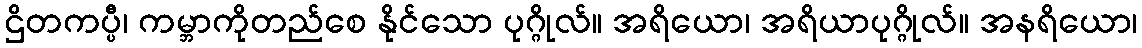
ဌိတကပ္ပီ၊ ကမ္ဘာကိုတည်စေ နိုင်သော ပုဂ္ဂိုလ်။ အရိယော၊ အရိယာပုဂ္ဂိုလ်။ အနရိယော၊